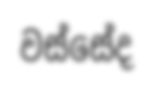
වස්සේද